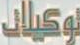
توكيلات